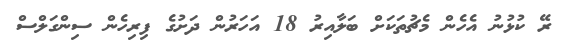
ރޭ ކުޅުނު އެހެން މެޗުތަކަށް ބަލާއިރު 18 އަހަރުން ދަށުގެ ފިރިހެން ސިންގަލްސް